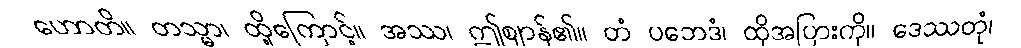
ဟောတိ။ တသ္မာ၊ ထို့ကြောင့်။ အဿ၊ ဤဈာန်၏။ တံ ပဘေဒံ၊ ထိုအပြားကို။ ဒေဿတုံ၊